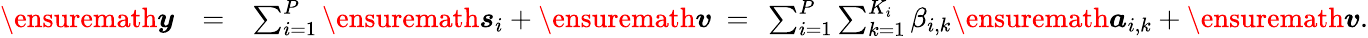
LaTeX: \begin{array}{rlr}{\ensuremath{\boldsymbol{y}}}&{=}&{\sum_{i=1}^{P}\ensuremath{\boldsymbol{s}}_{i}+\ensuremath{\boldsymbol{v}}~=~\sum_{i=1}^{P}\sum_{k=1}^{K_{i}}\beta_{i,k}\ensuremath{\boldsymbol{a}}_{i,k}+\ensuremath{\boldsymbol{v}}.}\end{array}